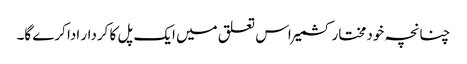
چنانچہ خودمختار کشمیر اس تعلق میں ایک پل کا کردار ادا کرے گا۔